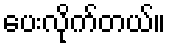
ပေးလိုက်တယ်။